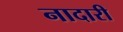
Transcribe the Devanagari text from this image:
नादारी